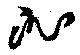
沁